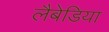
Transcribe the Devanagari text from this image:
लैबेडिया